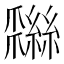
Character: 𦆩